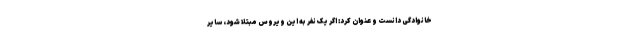
خانوادگی دانست و عنوان کرد: اگر یک نفر به این ویروس مبتلا شود، سایر